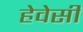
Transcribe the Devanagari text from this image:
हेवेसी